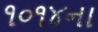
૧૦૧૪ના